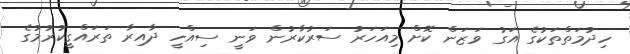
ހިދުމަތްތަކުގެ އަގު ވަޒަން ކޮށް މިއަހަރު ސަރުކާރުން ވަނީ ސިއްހީ ދާއިރާ ތަރައްގީކުރުމުގެ